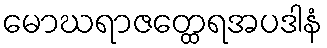
မောဃရာဇတ္ထေရအပဒါနံ